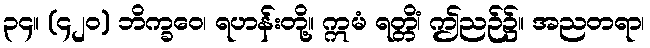
၃၄။ (၄၂၀) ဘိက္ခဝေ၊ ရဟန်းတို့။ ဣမံ ရတ္တိံ၊ ဤညဉ်၌။ အညတရာ၊